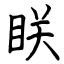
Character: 眹